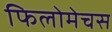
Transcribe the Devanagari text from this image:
फिलोमेचस